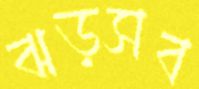
ঝড়সব